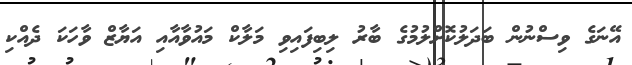
އޭނަގެ ވިސްނުން ބަދަލުކޮށްލުމުގެ ބާރު ލިބިފައިވި މަލާކް މައުވާއާއި އަޔާޒް ވާހަކަ ދެއްކި